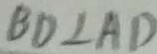
B D \bot A D